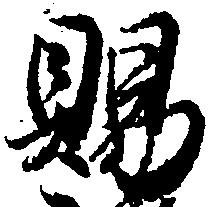
賜